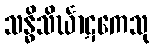
သန္ဓိသိင်္ဃာဋကေသု